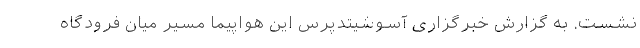
نشست. به گزارش خبرگزاری آسوشیتدپرس این هواپیما مسیر میان فرودگاه